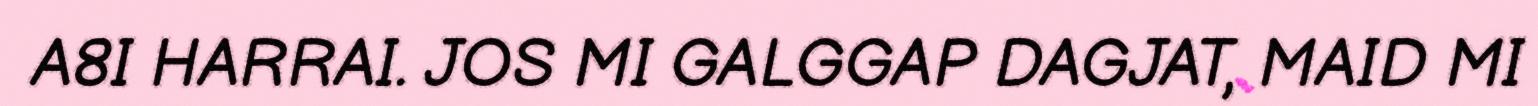
A8I HARRAI. JOS MI GALGGAP DAGJAT, MAID MI